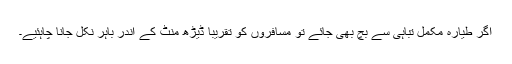
اگر طیارہ مکمل تباہی سے بچ بھی جائے تو مسافروں کو تقریباً ڈیڑھ منٹ کے اندر باہر نکل جانا چاہئیے۔